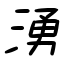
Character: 湧